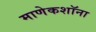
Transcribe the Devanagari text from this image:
माणेकशॉना